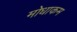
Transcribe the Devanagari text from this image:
मोधाकम